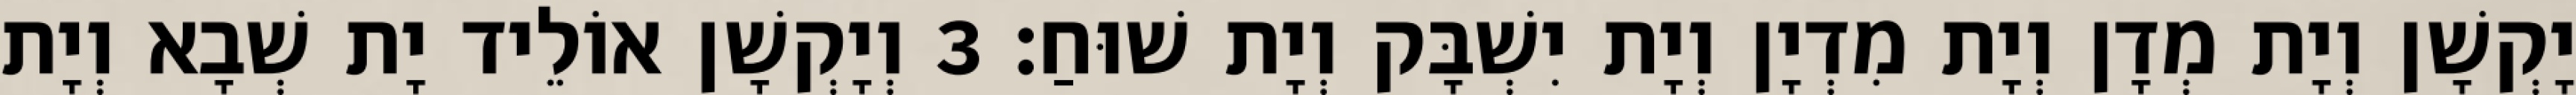
יָקְשָׁן וְיָת מְדָן וְיָת מִדְיָן וְיָת יִשְׁבָּק וְיָת שׁוּחַ׃ 3 וְיָקְשָׁן אוֹלֵיד יָת שְׁבָא וְיָת